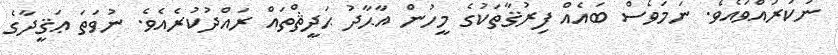
ނުކުރައްވައެވެ. ނަމަވެސް ބައެއް ފިރުޤާތަކުގެ މީހުން އާޙާދު ޙަދީޘްތައް ރައްދުކުރެއެވެ. ނުވަތަ ޢަޤީދާގެ